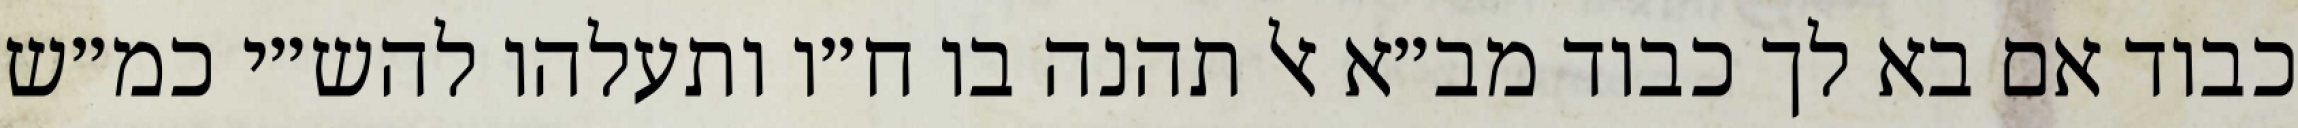
כבוד אם בא לך כבוד מב״א אל תהנה בו ח״ו ותעלהו להש״י כמ״ש